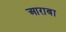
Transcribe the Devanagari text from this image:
आराबा